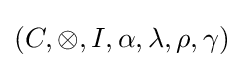
(C,\otimes ,I,\alpha ,\lambda ,\rho ,\gamma )